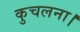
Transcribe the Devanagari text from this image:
कुचलना।